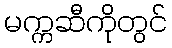
မက္ကဆီကိုတွင်